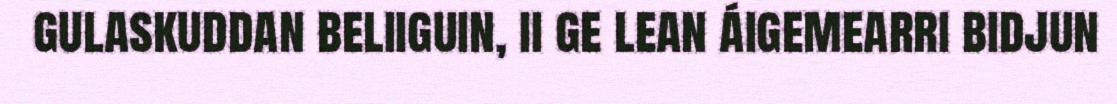
gulaskuddan beliiguin, ii ge lean áigemearri bidjun